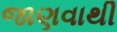
જાણવાથી